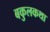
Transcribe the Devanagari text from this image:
बकुलकथा